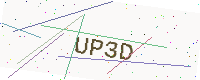
Text: UP3D